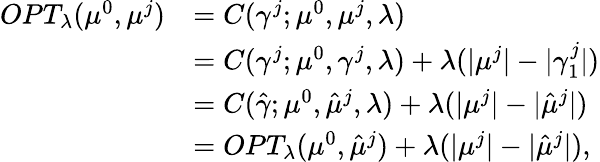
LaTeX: \begin{array}{rl}{OPT_{\lambda}(\mu^{0},\mu^{j})}&{=C(\gamma^{j};\mu^{0},\mu^{j},\lambda)}\\ &{=C(\gamma^{j};\mu^{0},\gamma^{j},\lambda)+\lambda(|\mu^{j}|-|\gamma_{1}^{j}|)}\\ &{=C(\hat{\gamma};\mu^{0},\hat{\mu}^{j},\lambda)+\lambda(|\mu^{j}|-|\hat{\mu}^{j}|)}\\ &{=OPT_{\lambda}(\mu^{0},\hat{\mu}^{j})+\lambda(|\mu^{j}|-|\hat{\mu}^{j}|),}\end{array}